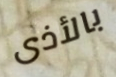
بالأذى